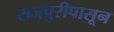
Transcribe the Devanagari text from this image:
राजपुरीपासून